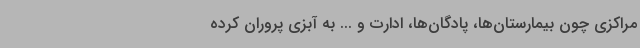
مراکزی چون بیمارستان‌ها، پادگان‌ها، ادارت و ... به آبزی پروران کرده